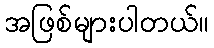
အဖြစ်များပါတယ်။